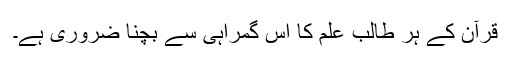
قرآن کے ہر طالب علم کا اس گمراہی سے بچنا ضروری ہے۔